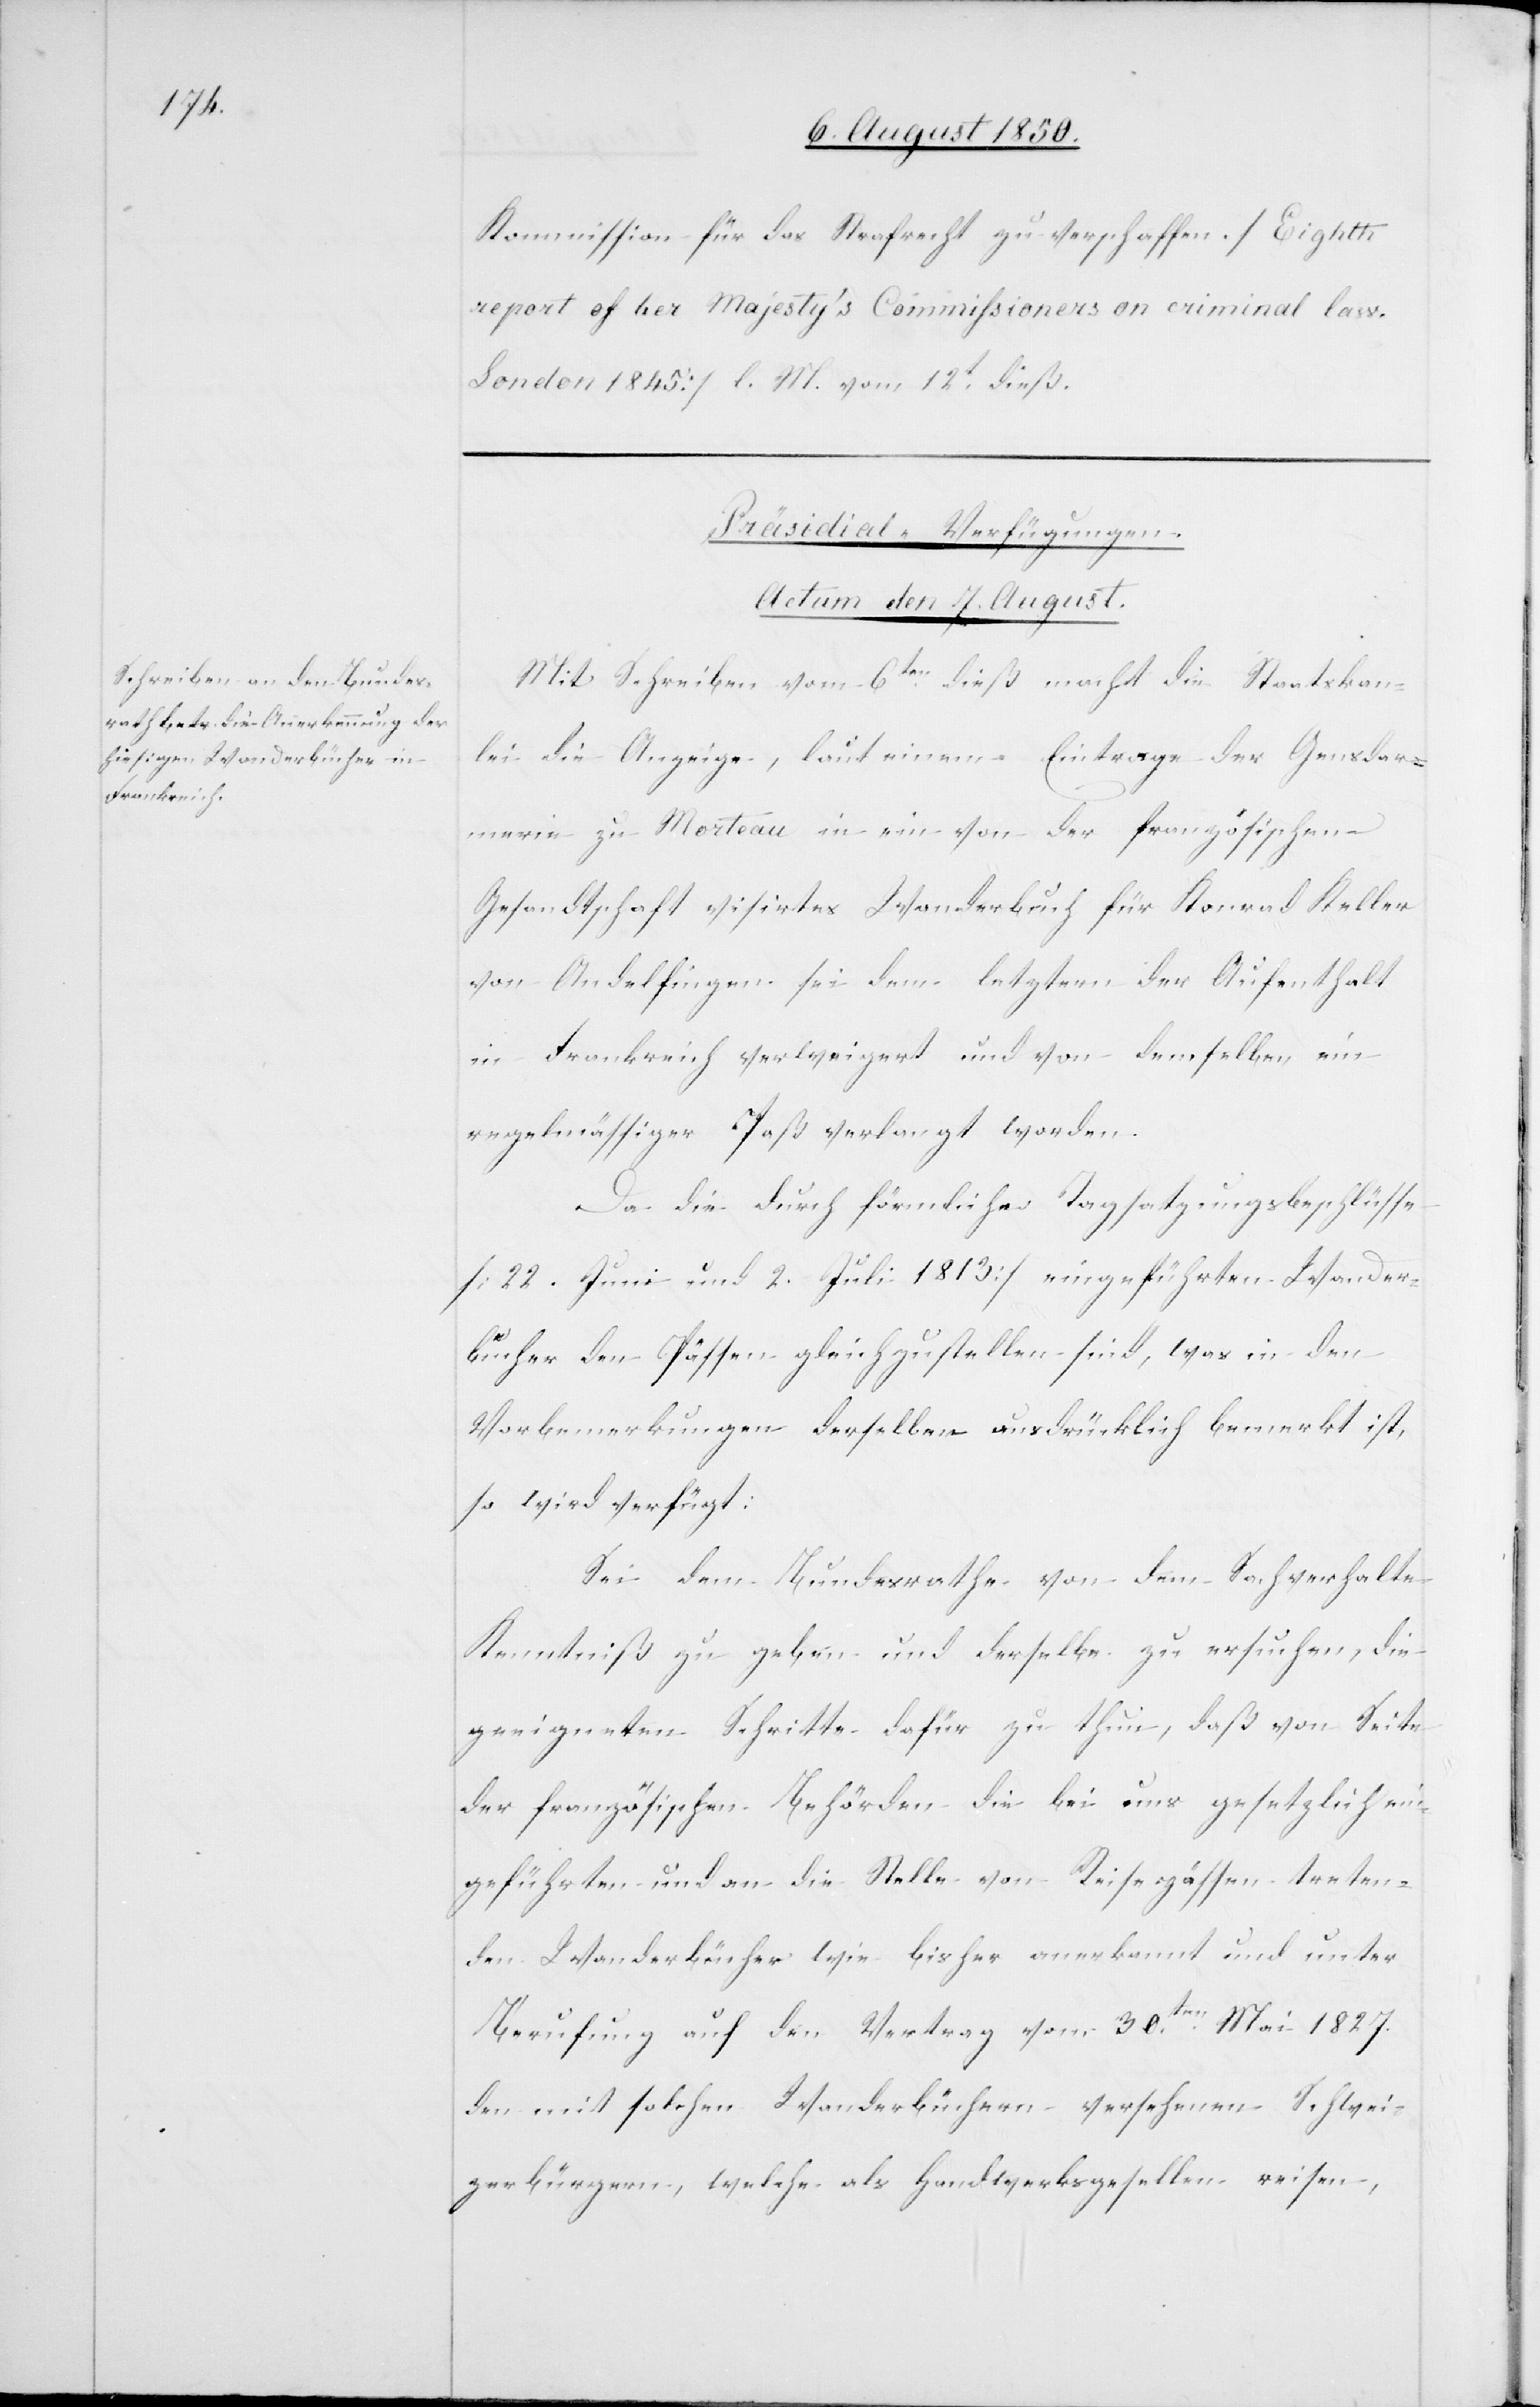
Kommission für das Strafrecht zu verschaffen. [Eighth
report of her Majesty’s Commissioners on criminal law.
London 1845] l. M vom 12t dieß.
Präsidial-Verfügungen.
Actum den 7. August.
Mit Schreiben vom 6ten dieß macht die Staatskanz¬
lei die Anzeige, laut einem Eintrage der Gensdar¬
merie zu Morteau in ein von der französischen
Gesandtschaft visirtes Wanderbuch für Konrad Keller
von Andelfingen sei dem letztern der Aufenthalt
in Frankreich verweigert und von demselben ein
regelmässiger Paß verlangt worden.
Da die durch förmliche Tagsatzungsbeschlüsse
[22. Juni und 2. Juli 1813] eingeführten Wander¬
bücher den Pässen gleichzustellen sind, was in den
Vorbemerkungen derselben ausdrücklich bemerkt ist,
so wird verfügt:
Sei dem Bundesrathe von dem Sachverhalte
Kenntniß zu geben und derselbe zu ersuchen, die
geeigneten Schritte dafür zu thun, daß von Seite
der französischen Behörden die bei uns gesetzlich ein¬
geführten und an die Stelle von Reisepässen treten¬
den Wanderbücher wie bisher anerkannt und unter
Berufung auf den Vertrag vom 30ten Mai 1827.
den mit solchen Wanderbüchern versehenen Schwei¬
zerbürgern, welche als Handwerksgesellen reisen,